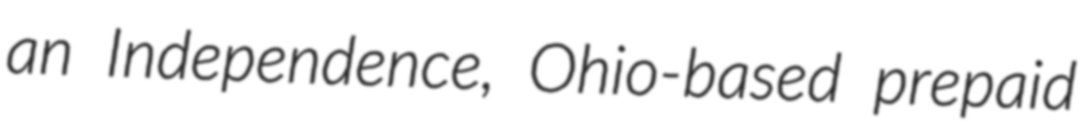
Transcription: an Independence, Ohio-based prepaid